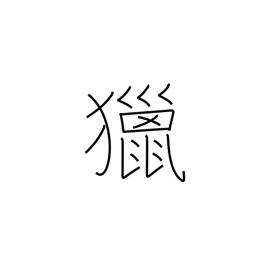
Meaning: field sports